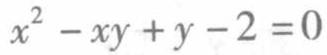
\(x^{2}-xy + y - 2 = 0\)